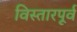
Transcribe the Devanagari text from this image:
विस्तारपूर्व